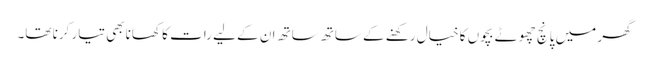
گھر میں پانچ چھوٹے بچوں کا خیال رکھنے کے ساتھ ساتھ ان کے لیے رات کا کھانا بھی تیار کرنا تھا۔